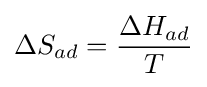
\Delta S_{ad}={\frac {\Delta H_{ad}}{T}}